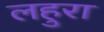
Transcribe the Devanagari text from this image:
लहुरा